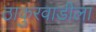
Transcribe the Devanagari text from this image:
ठाकुरवाडीला